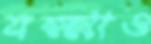
যক্ষ্মাও